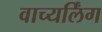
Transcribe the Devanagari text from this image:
वाच्यर्लिंग